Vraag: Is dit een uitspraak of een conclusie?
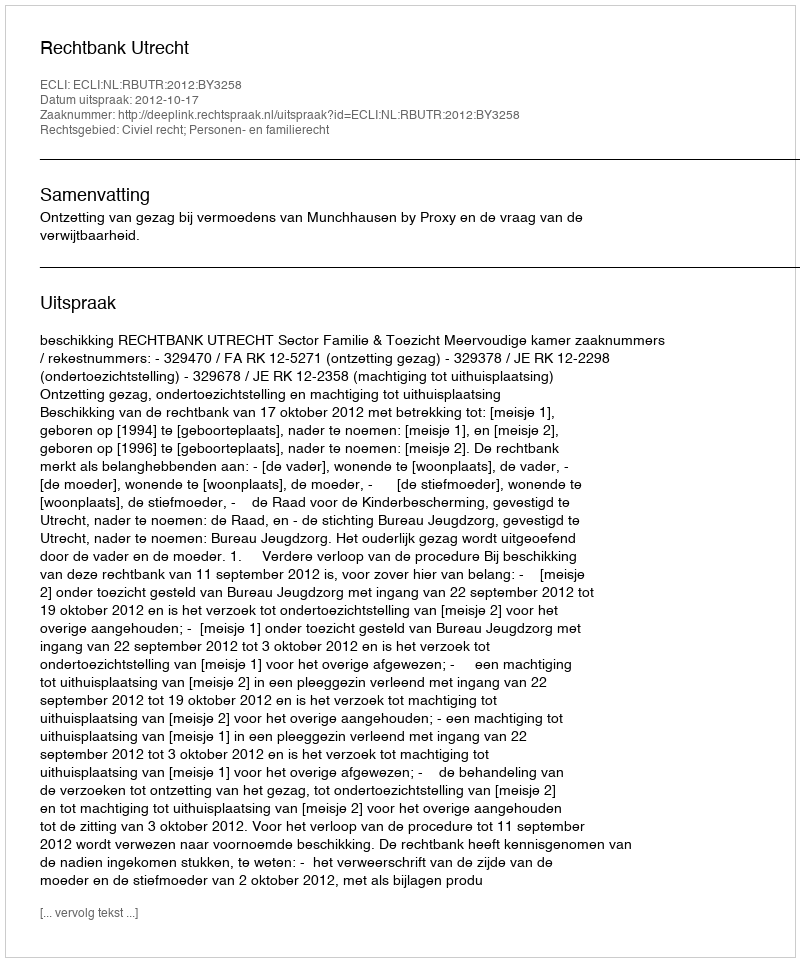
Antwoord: Uitspraak